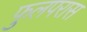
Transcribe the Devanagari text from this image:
फुलपरास